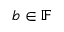
b \in \mathbb { F }